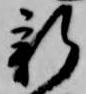
新